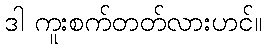
ဒါ ကူးစက်တတ်လားဟင်။